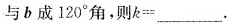
与 b 成 120° 角，则$$k = ___$$.